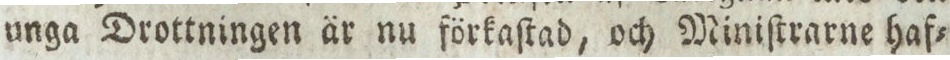
unga Drottningen är nu förkaſtad, och Miniſtrarne haf=